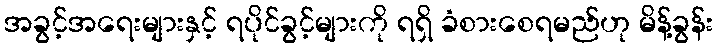
အခွင့်အရေးများနှင့် ရပိုင်ခွင့်များကို ရရှိ ခံစားစေရမည်ဟု မိန့်ခွန်း